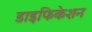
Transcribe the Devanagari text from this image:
डाइफिकेशन